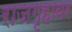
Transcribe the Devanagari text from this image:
राजगृहावर